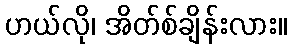
ဟယ်လို၊ အိတ်စ်ချိန်းလား။